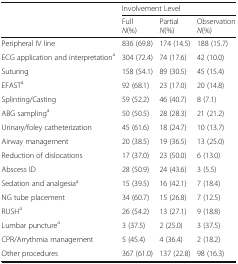
<table><thead><tr><td></td><td colspan="3"><b>Involvement Level</b></td></tr><tr><td></td><td><b>Full<i>N</i>(%)</b></td><td><b>Partial<i>N</i>(%)</b></td><td><b>Observation<i>N</i>(%)</b></td></tr></thead><tbody><tr><td>Peripheral IV line</td><td>836 (69.8)</td><td>174 (14.5)</td><td>188 (15.7)</td></tr><tr><td>ECG application and interpretation<sup>a</sup></td><td>304 (72.4)</td><td>74 (17.6)</td><td>42 (10.0)</td></tr><tr><td>Suturing</td><td>158 (54.1)</td><td>89 (30.5)</td><td>45 (15.4)</td></tr><tr><td>EFAST<sup>a</sup></td><td>92 (68.1)</td><td>23 (17.0)</td><td>20 (14.8)</td></tr><tr><td>Splinting/Casting</td><td>59 (52.2)</td><td>46 (40.7)</td><td>8 (7.1)</td></tr><tr><td>ABG sampling<sup>a</sup></td><td>50 (50.5)</td><td>28 (28.3)</td><td>21 (21.2)</td></tr><tr><td>Urinary/foley catheterization</td><td>45 (61.6)</td><td>18 (24.7)</td><td>10 (13.7)</td></tr><tr><td>Airway management</td><td>20 (38.5)</td><td>19 (36.5)</td><td>13 (25.0)</td></tr><tr><td>Reduction of dislocations</td><td>17 (37.0)</td><td>23 (50.0)</td><td>6 (13.0)</td></tr><tr><td>Abscess ID</td><td>28 (50.9)</td><td>24 (43.6)</td><td>3 (5.5)</td></tr><tr><td>Sedation and analgesia<sup>a</sup></td><td>15 (39.5)</td><td>16 (42.1)</td><td>7 (18.4)</td></tr><tr><td>NG tube placement</td><td>34 (60.7)</td><td>15 (26.8)</td><td>7 (12.5)</td></tr><tr><td>RUSH<sup>a</sup></td><td>26 (54.2)</td><td>13 (27.1)</td><td>9 (18.8)</td></tr><tr><td>Lumbar puncture<sup>a</sup></td><td>3 (37.5)</td><td>2 (25.0)</td><td>3 (37.5)</td></tr><tr><td>CPR/Arrythmia management</td><td>5 (45.4)</td><td>4 (36.4)</td><td>2 (18.2)</td></tr><tr><td>Other procedures</td><td>367 (61.0)</td><td>137 (22.8)</td><td>98 (16.3)</td></tr></tbody></table>